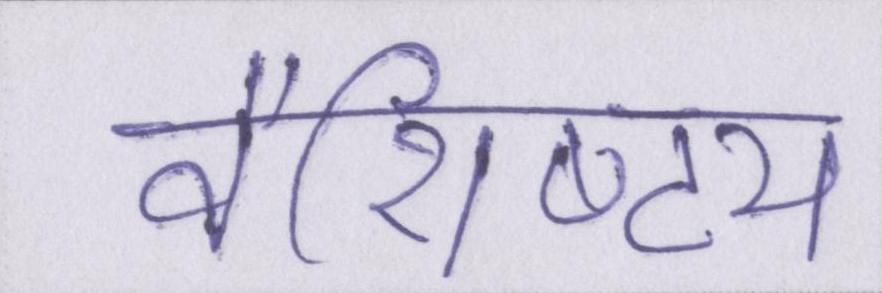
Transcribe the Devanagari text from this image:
वैशिष्ट्य